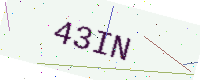
Text: 43IN